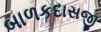
બાળકદાસજી